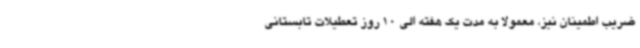
ضریب اطمینان نیز، معمولا به مدت یک هفته الی 10 روز تعطیلات تابستانی